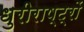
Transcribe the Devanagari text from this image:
धुरीराष्ट्रों